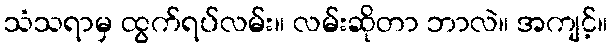
သံသရာမှ ထွက်ရပ်လမ်း။ လမ်းဆိုတာ ဘာလဲ။ အကျင့်။